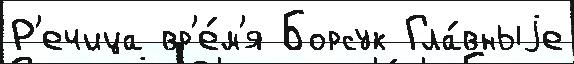
Р'ечица вр'е́м'я Борсук Гла́вныjе